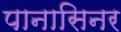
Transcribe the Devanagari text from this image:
पानासिनर